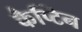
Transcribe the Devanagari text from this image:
कैप्टिन